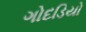
ગોદડિયો